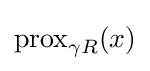
\operatorname {prox} _{\gamma R}(x)